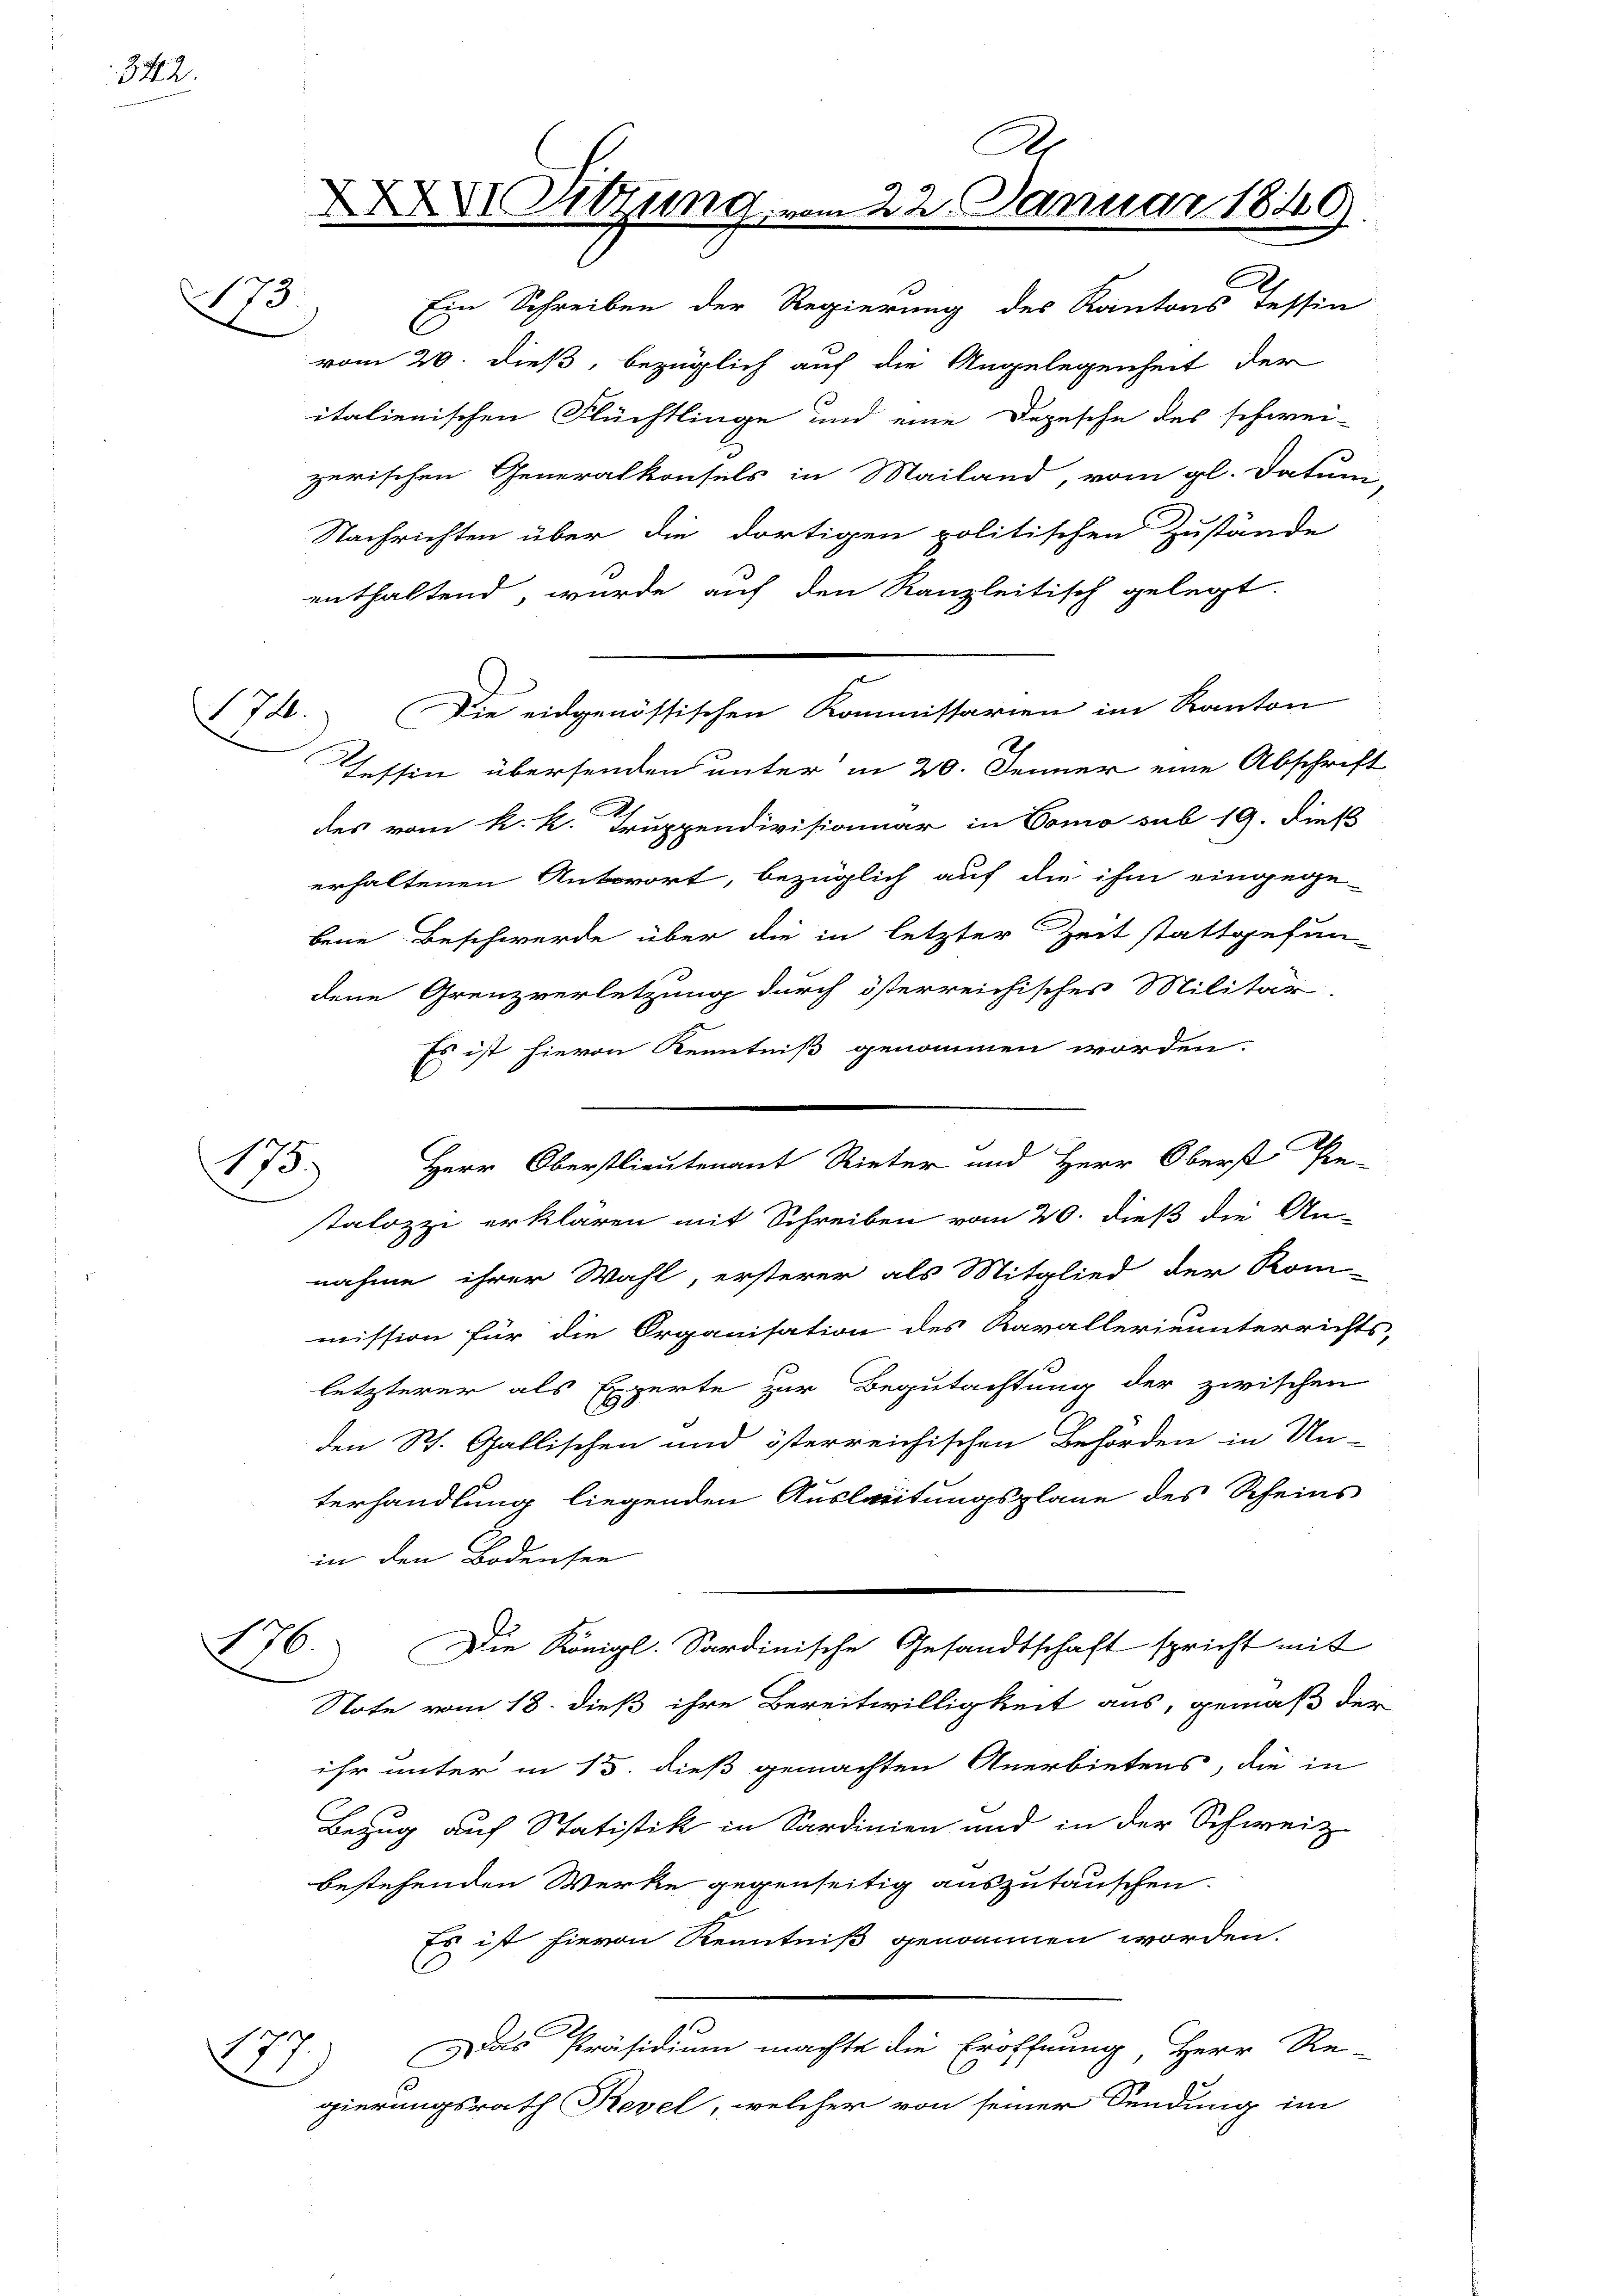
342.

175
vrieren

173)

26.)

177
.

A
X Sitzung, vom 22. Januar 1849.
Ein Schreiben der Regierung des Kantons Tessin

vom 20. dieß, bezüglich auf die Angelegenheit der
italienischen Flüchtlinge und eine Depesche des schwei-
zerischen Generalkonsuls in Mailand, vom gl. dature
Nachrichten über die dortigen politischen Zustände
enthaltend, wurde auf den Kanzleitisch gelegt.
Tessin übersenden unter in 20. Jenner eine Abschrift
des vom k. k. Truppendivisionar in Como sub 19. Dieß
erhaltenen Antwort, bezüglich auf die ihm eingege-
bene Beschwerde über die in letzter Zeit stattgefun-
dene Grenzverletzung durch österreichisches Militär-
Es ist hievon Kenntniß genommen worden.
talozzi erklären mit Schreiben vom 20. dieß die An-
nahme ihrer Wahl, ersterer als Mitglied der Rom-
mission für die Organisation des Kavallerinunterrichts,
letzterer als Experte zur Begutachtung der zwischen
den St. Gallischen und österreichischen Behörden in Un-
terhandlung liegenden Austreitungsplane des Scheins
in den Bodensee
Die Königl. Sardinische Gesandtschaft spricht mit
Note vom 18. dieß ihre Bereitwilligkeit aus, gemäß der
ihr unter in 15. dieß gemachten Anerbietens, die in
Bezug auf Statistik in Sardinien und in der Schweiz
bestehenden Werke gegenseitig auszutäuschen.
Es ist hievon Kenntniß genommen worden.
Das Präsidium machte die Eröffnung, Herr Re-
gierungsrath Revel, welcher von seiner Sendung im

174. Die eidgenössischen Kommissarien im Kanton

Herr Oberstlieutenant Rieter und Herr Oberst Pe-